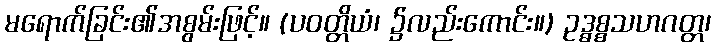
မရောက်ခြင်း၏အစွမ်းဖြင့်။ (ပဝတ္တိယံ၊ ၌လည်းကောင်း။) ဥဒ္ဓစ္စသဟဂတ္တ၊